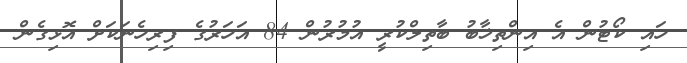
ހައި ކޯޓުން އެ އިންތިޚާބު ބާތިލްކުރީ އުމުރުން 84 އަހަރުގެ ފިރިހެނަކަށް އޮޅިގެން